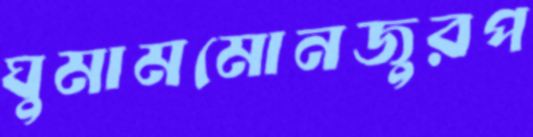
ঘুমামমোনজুরপ